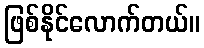
ဖြစ်နိုင်လောက်တယ်။